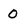
Character: 0